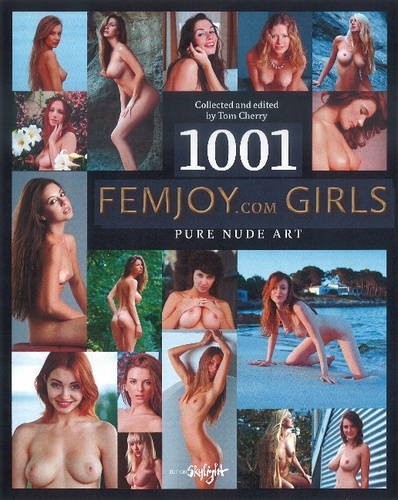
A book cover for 1001 Femjoy.Com Girls; Arts & Photography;